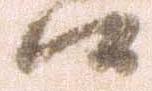
候